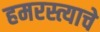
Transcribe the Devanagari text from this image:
हमरस्त्याचे